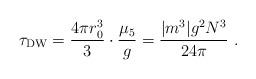
LaTeX: \begin{align*}\tau_{\rm DW} =\frac{4\pi r_0^3}{3} \cdot \frac{\mu_5}{g} = \frac{ |m^3| g^2 N^3}{24\pi}\ .\end{align*}